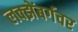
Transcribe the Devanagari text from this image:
लक्झेंबर्गवर